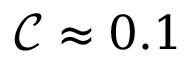
\mathcal { C } \approx 0 . 1